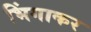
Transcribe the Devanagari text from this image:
भिंगाकर